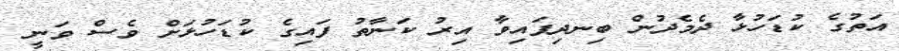
އަތުގެ ކުޑަހުޅާ ދެމެދުން ބިނދިފައިވާ އިރު ކަނާތު ފައިގެ ކުޑަހުޅަށް ވެސް ވަނީ